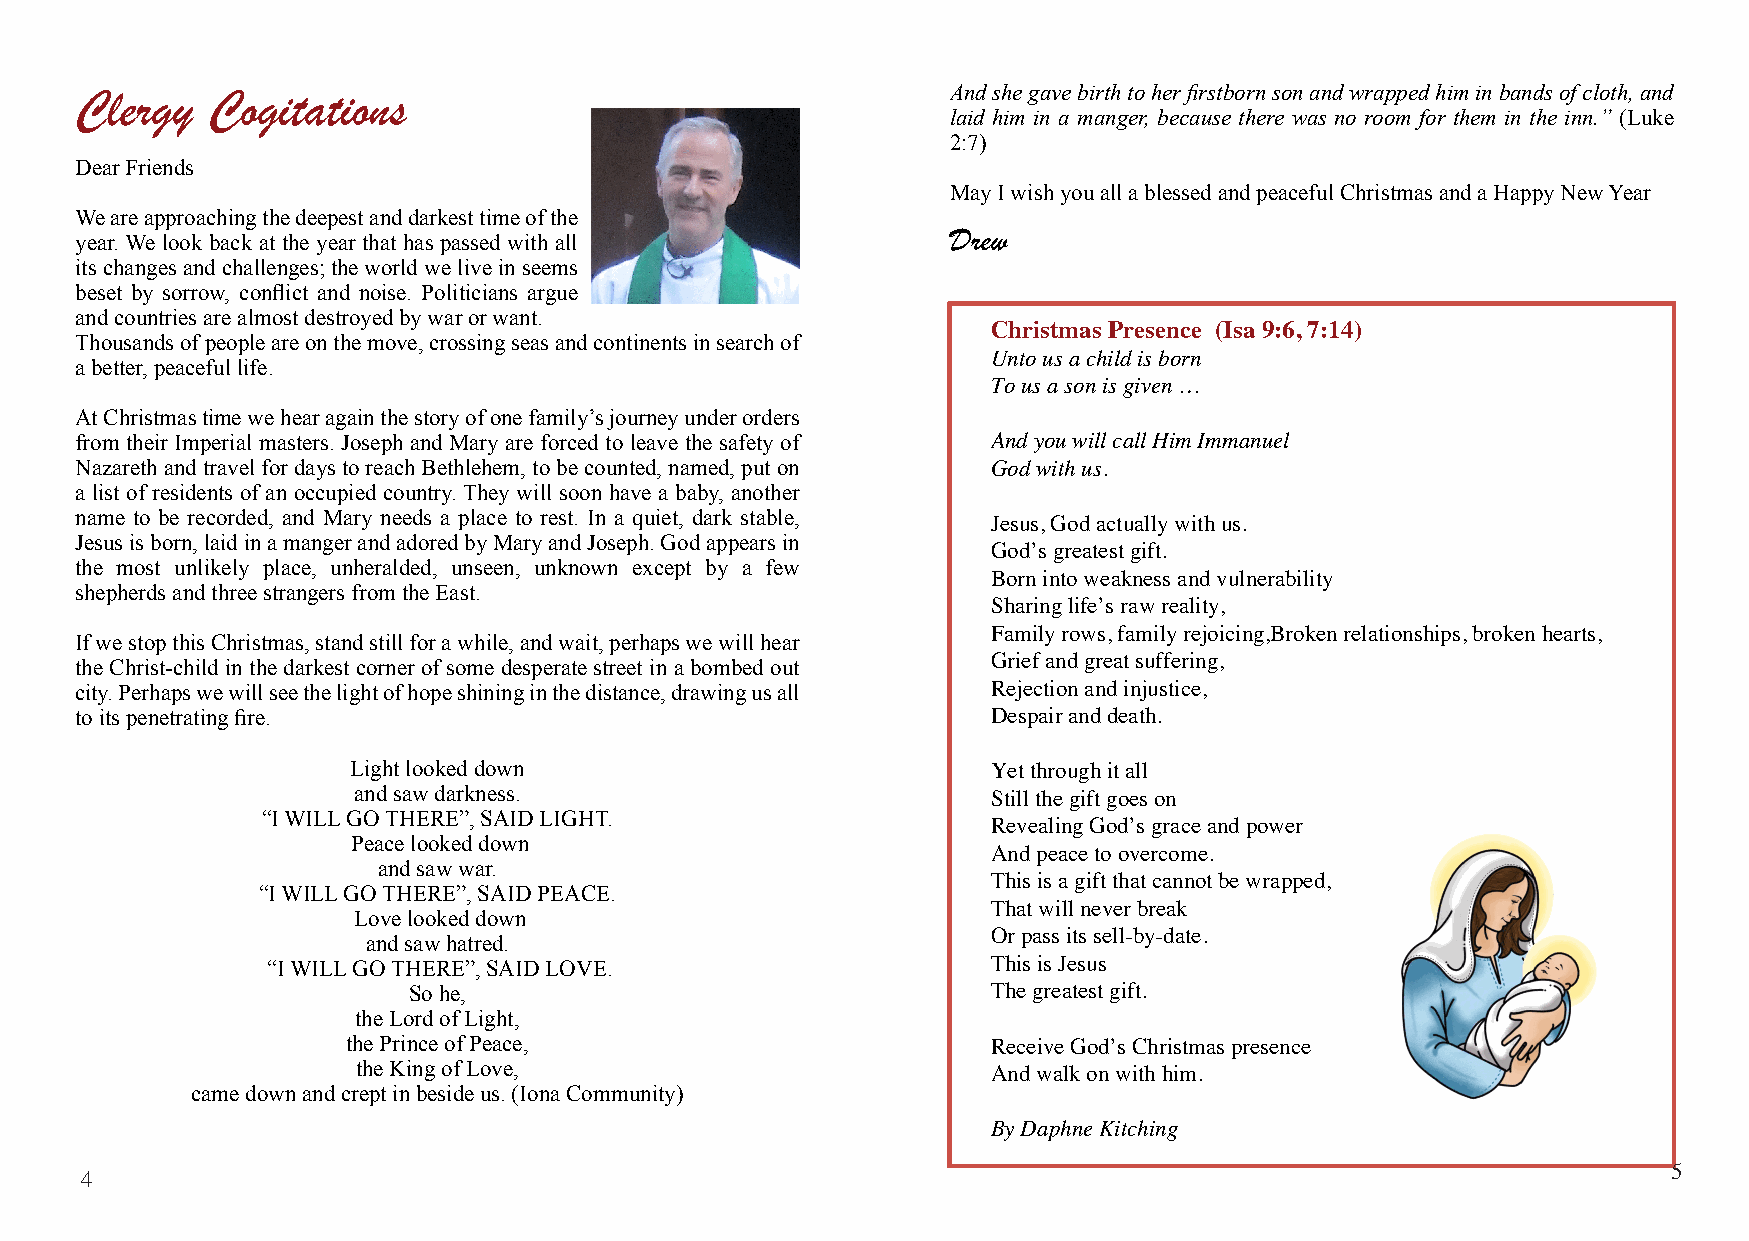
Clergy   Cogitations                                      Andshegavebirthtoherfirstbornsonandwrappedhiminbandsofcloth,and
 laid him in a manger, because there was no room for them in the inn.” (Luke
 2:7)
 DearFriends
 MayIwishyouallablessedandpeacefulChristmasandaHappyNewYear
 Weareapproachingthedeepestanddarkesttimeofthe
 Drew
 year.We look back at the year that has passed with all
 itschangesandchallenges;theworldweliveinseems
 beset by sorrow, conflict and noise. Politicians argue
 andcountriesarealmostdestroyedbywarorwant.
 Christmas Presence (Isa9:6,7:14)
 Thousandsofpeopleareonthemove,crossingseasandcontinentsinsearchof
 Untousachildisborn
 abetter,peacefullife.
 Tousasonisgiven…
 AtChristmastimewehearagainthestoryofonefamily’sjourneyunderorders
 from their Imperial masters. Joseph and Mary are forced to leave the safety of AndyouwillcallHimImmanuel
 NazarethandtravelfordaystoreachBethlehem,tobecounted,named,puton Godwithus.
 a list of residents of an occupied country.They will soon have a baby, another
 name to be recorded, and Mary needs a place to rest. In a quiet, dark stable, Jesus,Godactuallywithus.
 Jesusisborn,laidinamangerandadoredbyMaryandJoseph.Godappearsin
 God’sgreatestgift.
 the most unlikely place, unheralded, unseen, unknown except by a few
 Bornintoweaknessandvulnerability
 shepherdsandthreestrangersfromtheEast.
 Sharinglife’srawreality,
 Familyrows,familyrejoicing,Brokenrelationships,brokenhearts,
 IfwestopthisChristmas,standstillforawhile,andwait,perhapswewillhear
 Griefandgreatsuffering,
 theChrist-child in thedarkestcorner of somedesperatestreetin abombed out
 city.Perhapswewillseethelightofhopeshininginthedistance,drawingusall Rejectionandinjustice,
 toitspenetratingfire.                                        Despairanddeath.
 Lightlookeddown                            Yetthroughitall
 andsawdarkness.                            Stillthegiftgoeson
 “IWILLGOTHERE”,SAIDLIGHT.
 RevealingGod’sgraceandpower
 Peacelookeddown
 Andpeacetoovercome.
 andsawwar.
 Thisisagiftthatcannotbewrapped,
 “IWILLGOTHERE”,SAIDPEACE.
 Thatwillneverbreak
 Lovelookeddown
 Orpassitssell-by-date.
 andsawhatred.
 “IWILLGOTHERE”,SAIDLOVE.                        ThisisJesus
 Sohe,                                  Thegreatestgift.
 theLordofLight,
 thePrinceofPeace,                          ReceiveGod’sChristmaspresence
 theKingofLove,                            Andwalkonwithhim.
 camedownandcreptinbesideus.(IonaCommunity)
 ByDaphneKitching
 5
 4